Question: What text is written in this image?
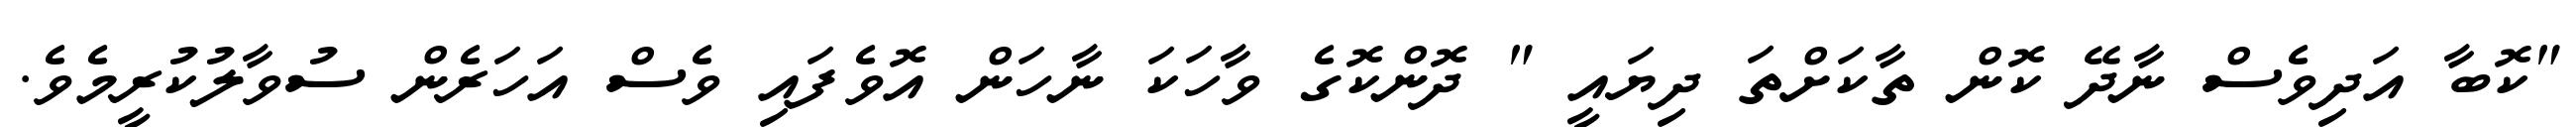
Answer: "ކޮބާ އަދިވެސް ނާދޭ ކޮން ތާކަށްތަ ދިޔައީ " ދޮންކޮގެ ވާހަކަ ނާހަން އޮވެފައި ވެސް އަހަރެން ސުވާލުކުރީމެވެ.